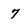
Character: 7